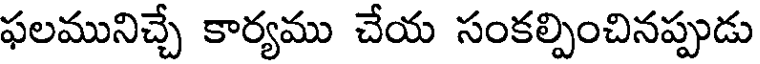
ఫలమునిచ్చే కార్యము చేయ సంకల్పించినప్పుడు